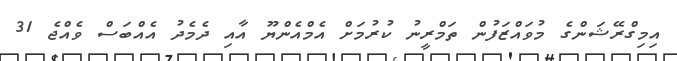
އިމިގްރޭޝަންގެ މުވައްޒަފުން ތަމްރީނު ކުރުމަށް އެމްއެންޔޫ އާއި ދެމެދު އެއްބަސް ވެއްޖެ 31